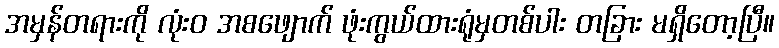
အမှန်တရားကို လုံးဝ အစဖျောက် ဖုံးကွယ်ထားရုံမှတစ်ပါး တခြား မရှိတော့ပြီ။